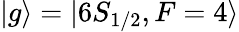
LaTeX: |g\rangle=|6S_{1/2},F=4\rangle